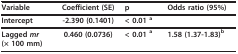
| Variable | Coefficient (SE) | p | Odds ratio (95%) |
 | --- | --- | --- | --- |
 | Intercept | -2.390 (0.1401) | < 0.01 a |  |
 | Lagged mr (× 100 mm) | 0.460 (0.0736) | < 0.01 a | 1.58 (1.37-1.83)b |